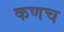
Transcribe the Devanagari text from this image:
कणच